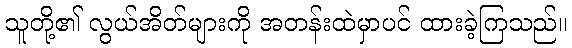
သူတို့၏ လွယ်အိတ်များကို အတန်းထဲမှာပင် ထားခဲ့ကြသည်။